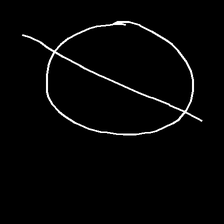
Glyph: orb